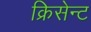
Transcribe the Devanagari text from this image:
क्रिसेन्‍ट